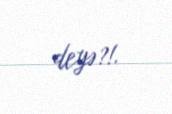
deyə?!.